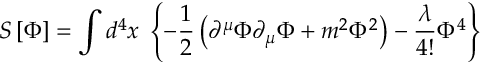
S \left[ \Phi \right] = \int d ^ { 4 } x \; \left\{ - \frac { 1 } { 2 } \left( \partial ^ { \mu } \Phi \partial _ { \mu } \Phi + m ^ { 2 } \Phi ^ { 2 } \right) - \frac \lambda { 4 ! } \Phi ^ { 4 } \right\}